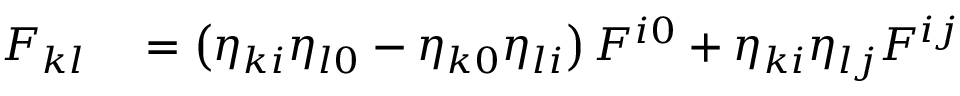
\begin{array} { r l } { F _ { k l } } & { { } = \left( \eta _ { k i } \eta _ { l 0 } - \eta _ { k 0 } \eta _ { l i } \right) F ^ { i 0 } + \eta _ { k i } \eta _ { l j } F ^ { i j } } \end{array}